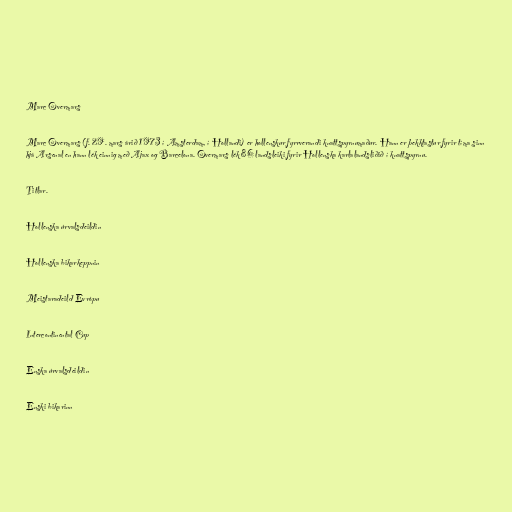
Marc Overmars

Marc Overmars (f. 29. mars árið 1973 í Amsterdam, í Hollandi) er hollenskur fyrrverandi knattspyrnumaður. Hann er þekktastur fyrir tíma sinn
hjá Arsenal en hann lék einnig með Ajax og Barcelona. Overmars lék 86 landsleiki fyrir Hollenska karlalandsliðið í knattspyrnu.

Titlar.

Hollenska úrvalsdeildin

Hollenska bikarkeppnin

Meistaradeild Evrópu

Intercontinental Cup

Enska úrvalsdeildin

Enski bikarinn